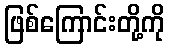
ဖြစ်ကြောင်းတို့ကို